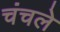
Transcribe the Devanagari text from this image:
चंचले